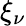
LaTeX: \xi_{\nu}